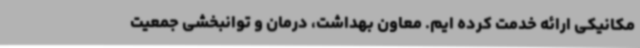
مکانیکی ارائه خدمت کرده ایم. معاون بهداشت، درمان و توانبخشی جمعیت